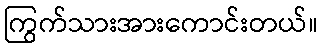
ကြွက်သားအားကောင်းတယ်။